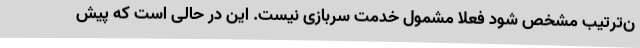
ن‌ترتیب مشخص شود فعلا مشمول خدمت سربازی نیست. این در حالی است که پیش